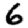
Digit: 6